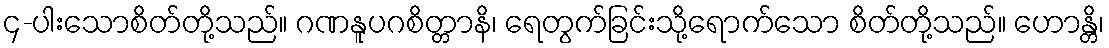
၄-ပါးသောစိတ်တို့သည်။ ဂဏနူပဂစိတ္တာနိ၊ ရေတွက်ခြင်းသို့ရောက်သော စိတ်တို့သည်။ ဟောန္တိ၊